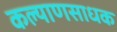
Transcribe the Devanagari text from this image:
कल्याणसाधक